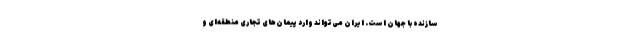
سازنده با جهان است. ایران می‌تواند وارد پیمان‌های تجاری منطقه‌ای و